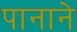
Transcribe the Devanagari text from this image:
पानाने